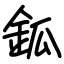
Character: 鈲